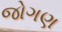
જોગણ